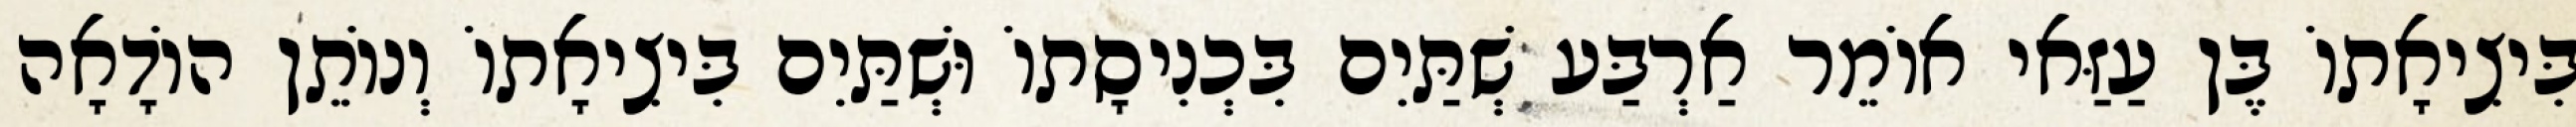
בִּיצִיאָתוֹ בֶּן עַזַּאי אוֹמֵר אַרְבַּע שְׁתַּיִם בִּכְנִיסָתוֹ וּשְׁתַּיִם בִּיצִיאָתוֹ וְנוֹתֵן הוֹדָאָה